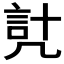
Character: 𧦕